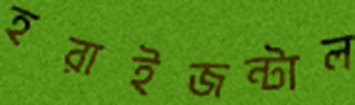
হরাইজন্টাল